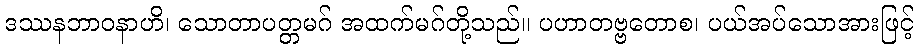
ဒဿနဘာဝနာဟိ၊ သောတာပတ္တမဂ် အထက်မဂ်တို့သည်။ ပဟာတဗ္ဗတောစ၊ ပယ်အပ်သောအားဖြင့်